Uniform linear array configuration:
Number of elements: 64
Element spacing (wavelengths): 0.75
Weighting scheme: binomial
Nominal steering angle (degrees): -15
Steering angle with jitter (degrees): -14.711
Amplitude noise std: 0.05
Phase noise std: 0.05

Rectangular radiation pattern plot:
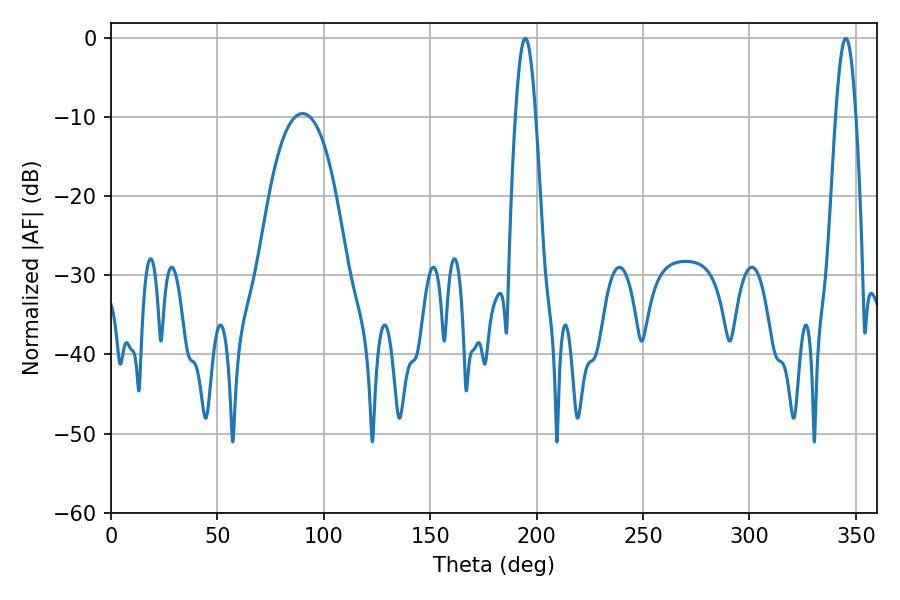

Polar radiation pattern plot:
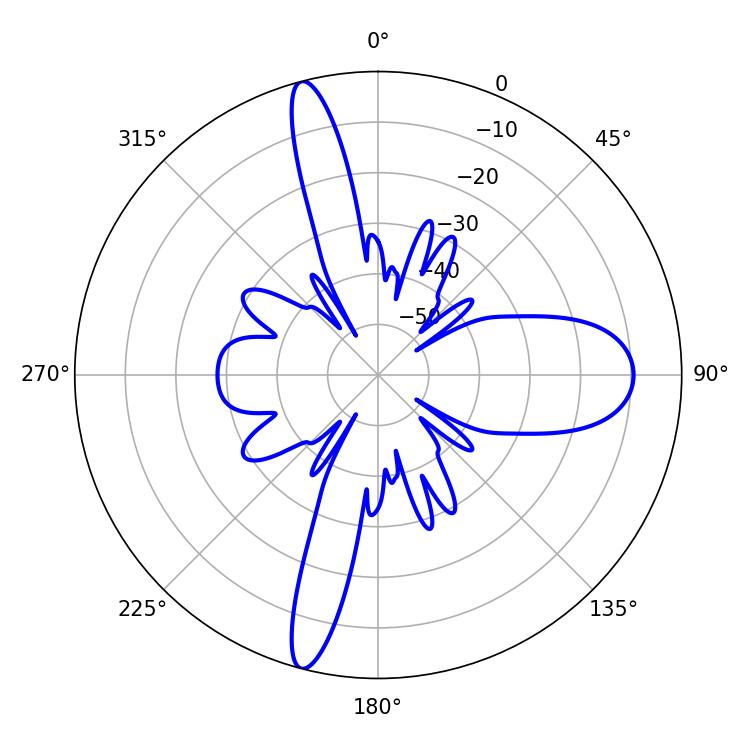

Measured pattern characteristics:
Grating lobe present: TRUE
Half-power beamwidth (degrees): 5.04
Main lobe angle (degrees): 345.24